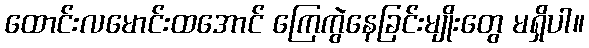
ထောင်းလမောင်းထအောင် ကြေကွဲနေခြင်းမျိုးတွေ မရှိပါ။